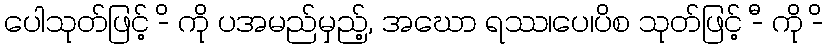
ပေါသုတ်ဖြင့် -ိ ကို ပအမည်မှည့်, အဃော ရဿ၊ပေ၊ပိစ သုတ်ဖြင့် -ီ ကို -ိ